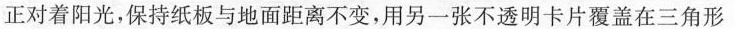
正对着阳光，保持纸板与地面距离不变，用另一张不透明卡片覆盖在三角形